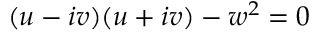
( u - i v ) ( u + i v ) - w ^ { 2 } = 0